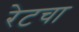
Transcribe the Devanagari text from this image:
रेटचा